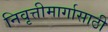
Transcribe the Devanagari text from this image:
निवृत्तीमार्गासाठी